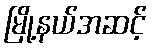
မြို့နယ်အဆင့်